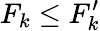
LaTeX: F_{k}\le F_{k}^{\prime}